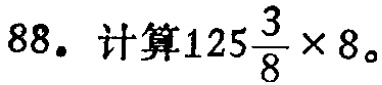
88. 计算$125\frac{3}{8} \times 8$。